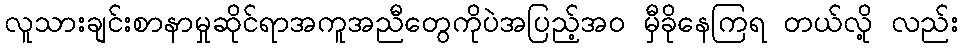
လူသားချင်းစာနာမှုဆိုင်ရာအကူအညီတွေကိုပဲအပြည့်အ၀ မှီခိုနေကြရ တယ်လို့ လည်း